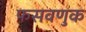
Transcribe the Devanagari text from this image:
फसवणुक